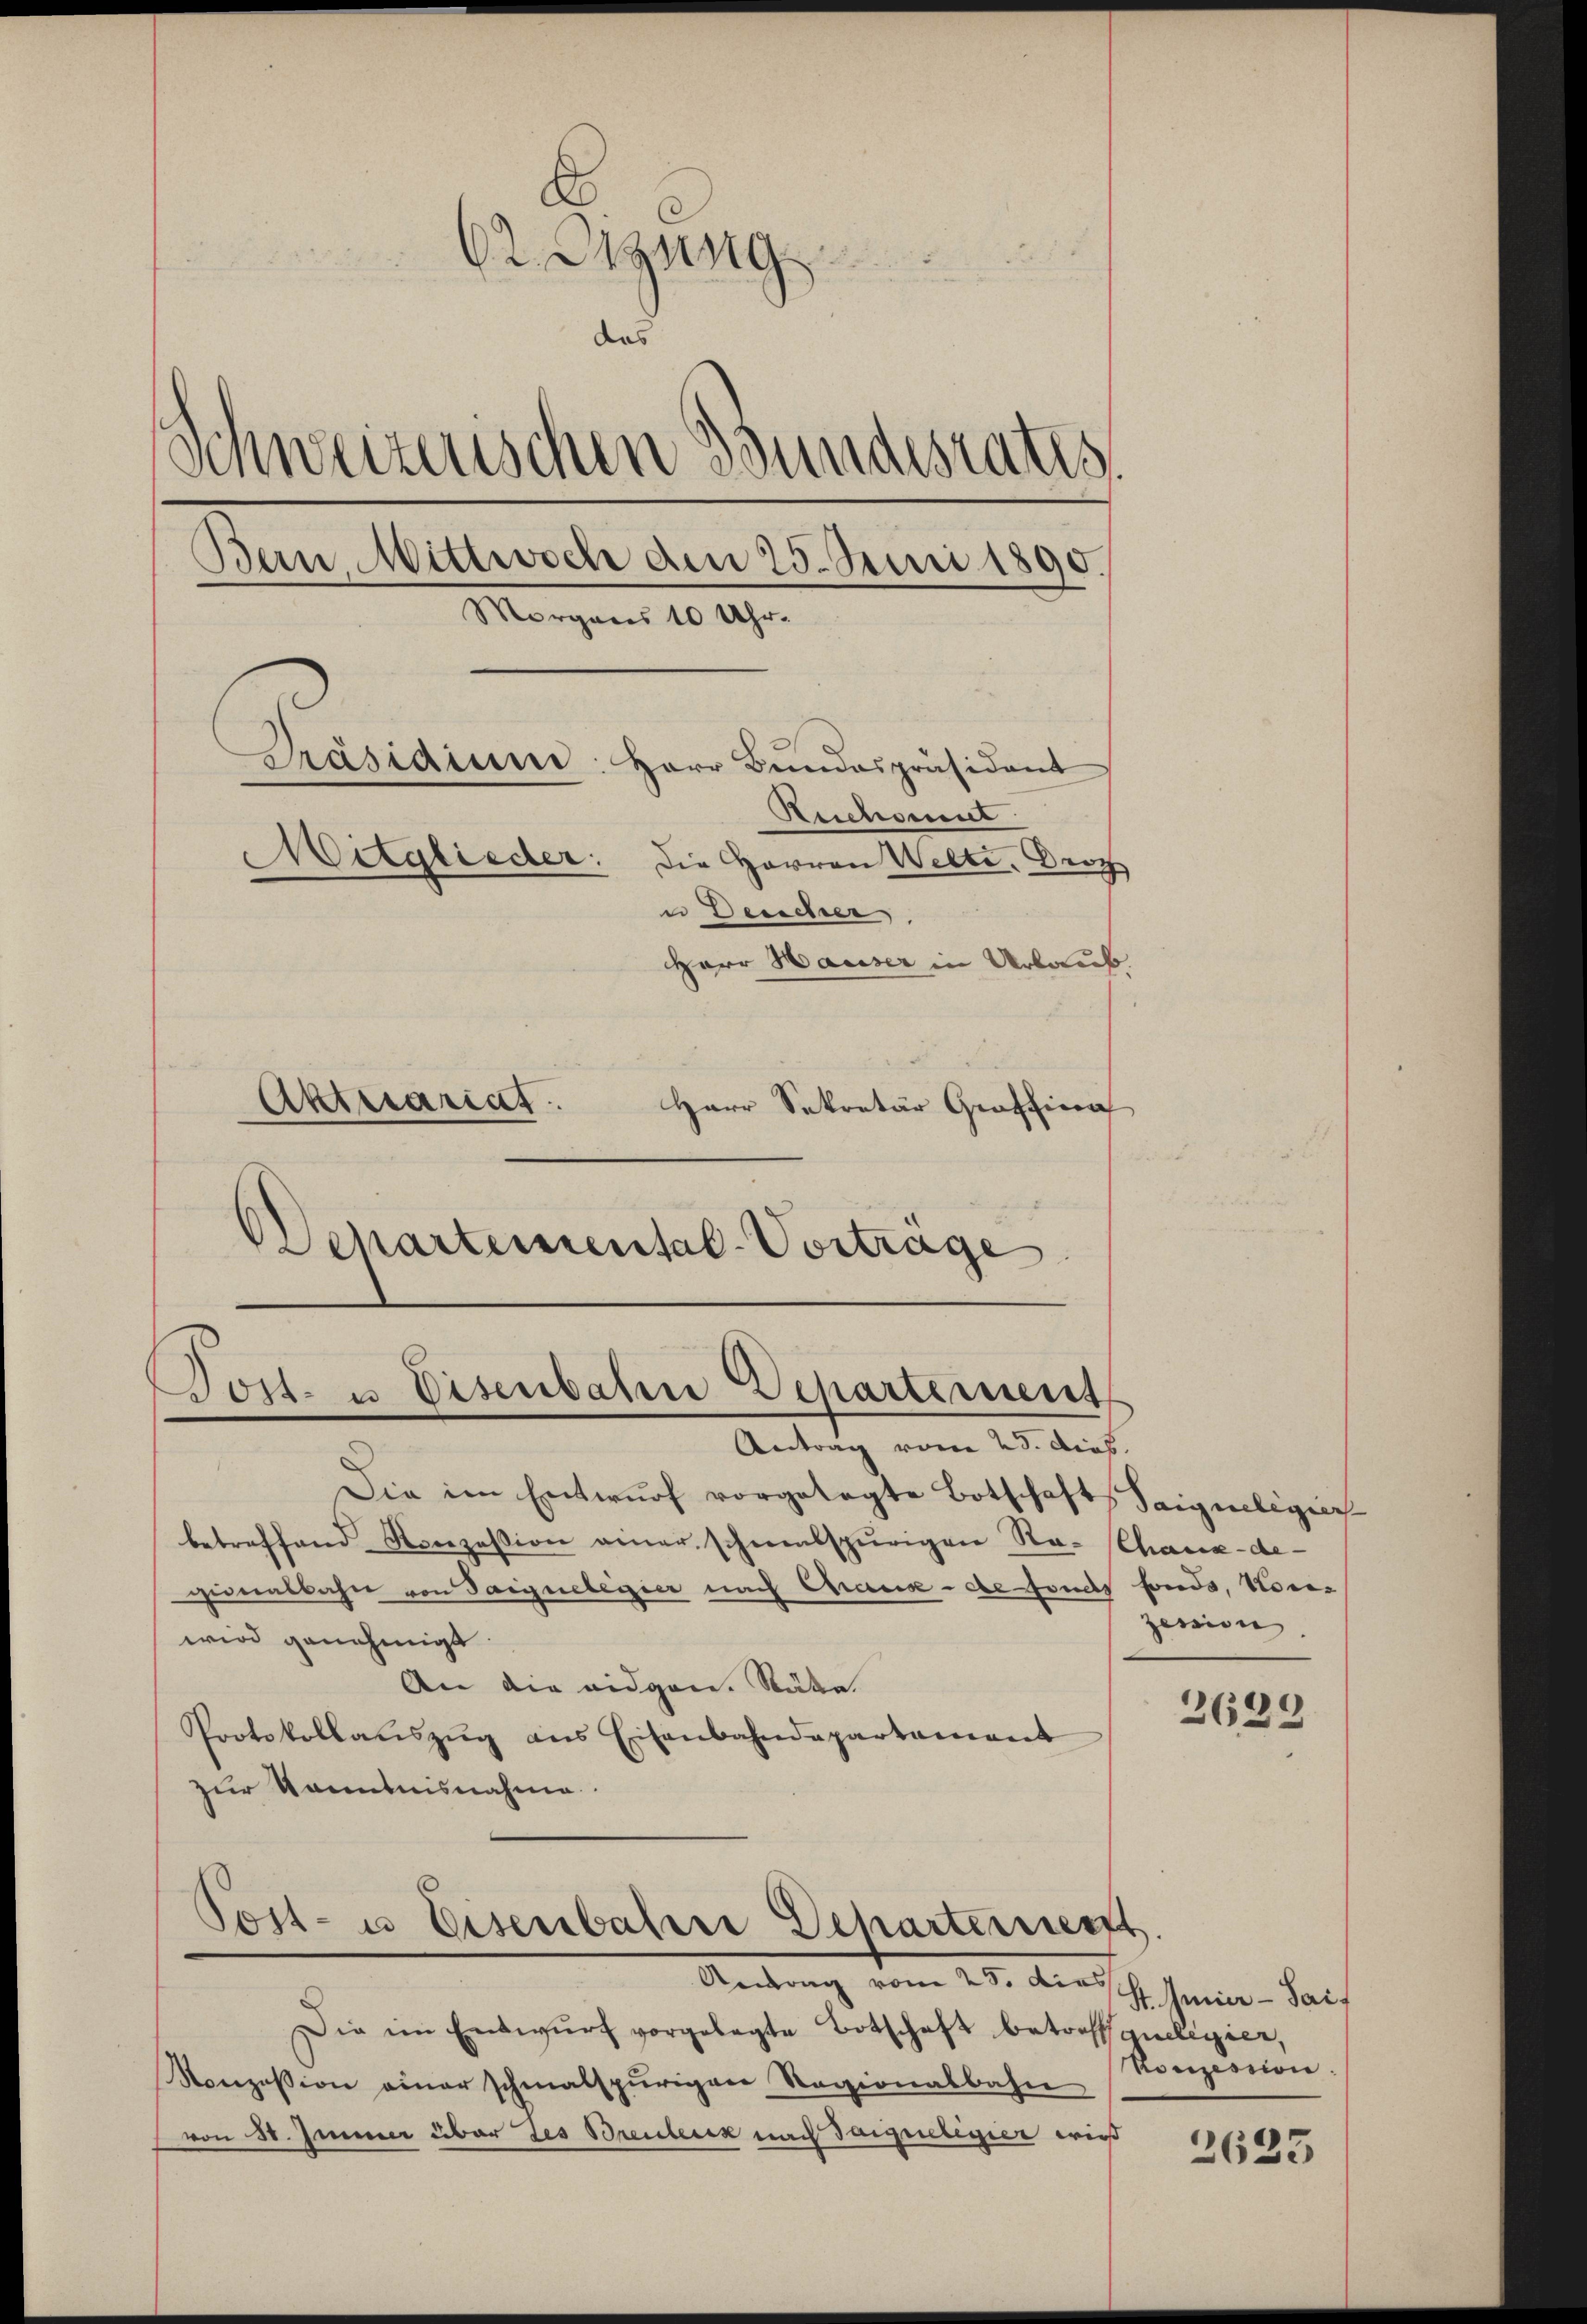
E
62. Dezung
.
das
Schweizerischen Bundesrates.
Bern Mittwoch den 25. Juni 1890.
Morgens 10 Uhr.
Präsidium
Herr Bundespräsident
Ruchoment
Mitglieder: die Herren Welte, Droz
u Deucher
Herr Hauser in Urlaub.
Aktuariat
Herr Sekretär Graffina

DDepartemental-Vortrage

Dost- u Eisenbahn Departement
Antrag vom 23. dies.

Die im Entwurf vorgelegte Botschaft Saigneligier
betreffend Norezession einer schmalspurigen Ra-Chaux-de-
ginalbahre von Sargnelegier nach Grosse - de fonds
wird genehmigt.
An die eidgen. Räte
Protokollauszug aus Eisenbahndepartament
zur Kenntnisnahme

Post- u Eisenbahre Scharternent

Andung vom 25. den ist seine dans
Die im Entwŭrf vorgelegte Botschaft betreffsqueligier,
Nonzession einer schmalspurigen Ragionalbahne
von St. Jenner über des Brentenz nach Targueligier wird

fonds, Vorzession

2629

Konzession.

2623